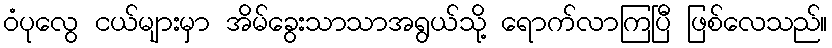
ဝံပုလွေ ငယ်များမှာ အိမ်ခွေးသာသာအရွယ်သို့ ရောက်လာကြပြီ ဖြစ်လေသည်။